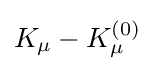
K_{\mu }-K_{\mu }^{(0)}